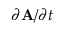
\partial \mathbf { A } / \partial t